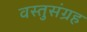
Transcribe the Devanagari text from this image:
वस्तुसंग्रह